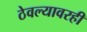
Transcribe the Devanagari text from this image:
ठेवल्यावरही